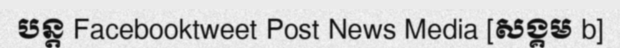
បន្ត Facebooktweet Post News Media [សង្គម b]